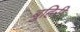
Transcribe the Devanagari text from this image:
बुहिरी